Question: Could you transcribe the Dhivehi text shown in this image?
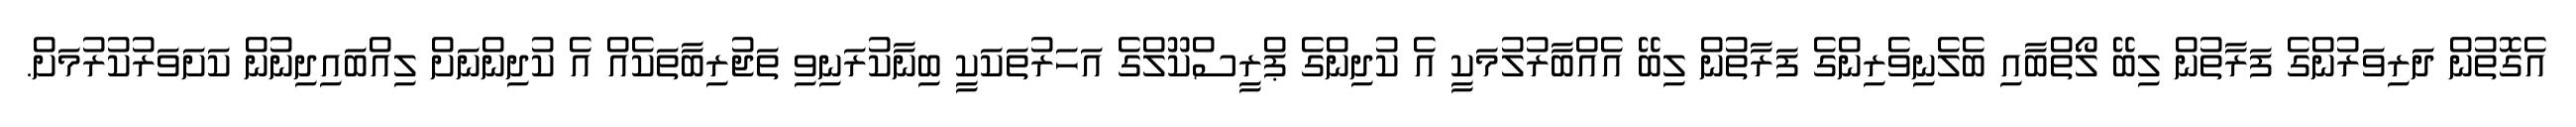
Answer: އެގޮތުން ދަރިވަރުންގެ ފަރާތުން ލިބޭ ލޯތްބާއި ބެލެނިވެރިންގެ ފަރާތުން ލިބޭ އެއްބާރުލުމަކީ އެ ކުދިންގެ ޕްރީސްކޫލްގެ އަހަރުތަކަކީ ބިނާކުރަނިވި ތަޖުރިބާތަކެއް އެ ކުދިންނަށް ލިއްބައިދިނުން ކަށަވަރުކުރުމަށް.